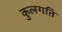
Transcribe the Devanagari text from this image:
कुलगति